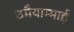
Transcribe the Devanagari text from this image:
उमैयाम्माई